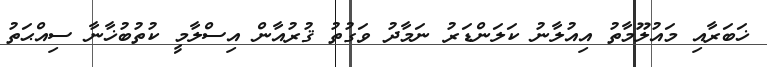
ޚަބަރާއި މައުލޫމާތު އިއުލާނު ކަލަންޑަރު ނަމާދު ވަގުތު ޤުރުއާން އިސްލާމީ ކުތުބުޚާނާ ސިއްޙަތު